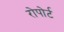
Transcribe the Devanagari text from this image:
रोपोर्ट